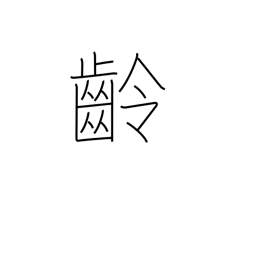
Meaning: age